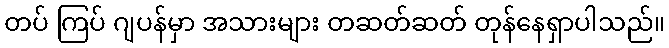
တပ် ကြပ် ဂျပန်မှာ အသားများ တဆတ်ဆတ် တုန်နေရှာပါသည်။